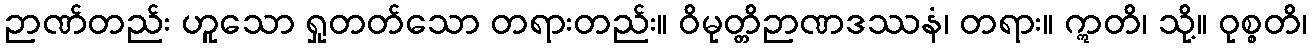
ဉာဏ်တည်း ဟူသော ရှုတတ်သော တရားတည်း။ ဝိမုတ္တိဉာဏဒဿနံ၊ တရား။ ဣတိ၊ သို့။ ဝုစ္စတိ၊